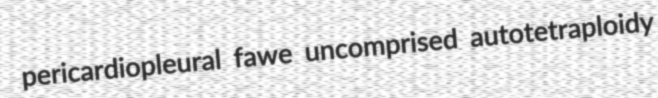
pericardiopleural fawe uncomprised autotetraploidy